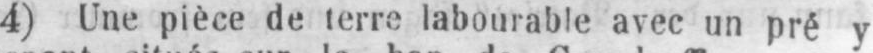
4) Une pièce de terre labourable avec un pré y